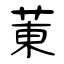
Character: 菄